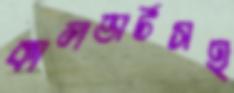
কালভার্টসহ